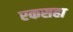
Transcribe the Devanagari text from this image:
रकसहा